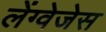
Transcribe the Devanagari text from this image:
लेंग्वेजेस